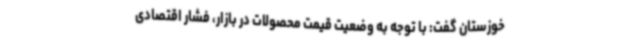
خوزستان گفت: با توجه به وضعیت قیمت محصولات در بازار، فشار اقتصادی